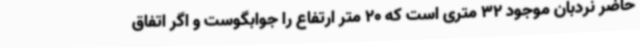
حاضر نردبان موجود 32 متری است که 20 متر ارتفاع را جوابگوست و اگر اتفاق